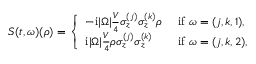
S ( t , \omega ) ( { \rho } ) = \left\{ \begin{array} { l l } { - \mathrm { i } | \Omega | \frac { V } { 4 } \sigma _ { z } ^ { ( j ) } \sigma _ { z } ^ { ( k ) } { \rho } } & { \mathrm { ~ i f ~ } \omega = ( j , k , 1 ) , } \\ { \mathrm { i } | \Omega | \frac { V } { 4 } { \rho } \sigma _ { z } ^ { ( j ) } \sigma _ { z } ^ { ( k ) } } & { \mathrm { ~ i f ~ } \omega = ( j , k , 2 ) , } \end{array} \right.